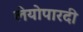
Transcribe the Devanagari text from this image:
लेयोपारदी